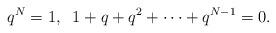
LaTeX: \begin{align*}q^{N}=1, \;\;1+q+q^{2}+\cdots+q^{N-1}=0.\end{align*}